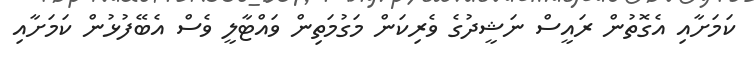
ކަމަށާއި އެގޮތުން ރައީސް ނަޝީދުގެ ވެރިކަން މަގުމަތިން ވައްޓާލީ ވެސް އެބޭފުޅުން ކަމަށާއި